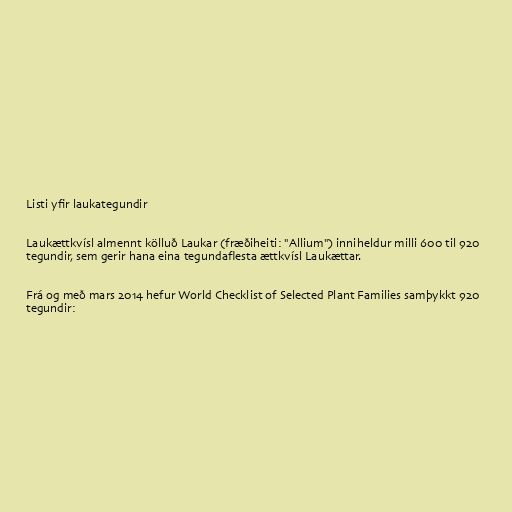
Listi yfir laukategundir

Laukættkvísl almennt kölluð Laukar (fræðiheiti: "Allium") inniheldur milli 600 til 920
tegundir, sem gerir hana eina tegundaflesta ættkvísl Laukættar.

Frá og með mars 2014 hefur World Checklist of Selected Plant Families samþykkt 920
tegundir: